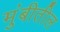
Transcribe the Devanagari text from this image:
मुंबीतील